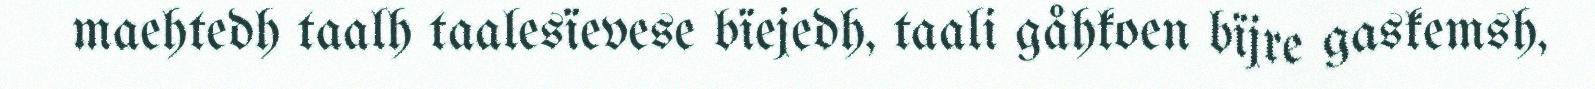
maehtedh taalh taalesïevese bïejedh, taali gåhkoen bïjre gaskemsh,